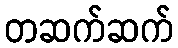
တဆက်ဆက်